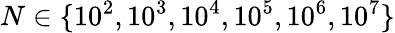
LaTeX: N\in\{ 10^{2},10^{3},10^{4},10^{5},10^{6},10^{7}\}